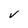
Character: V